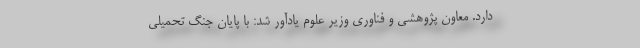
دارد. معاون پژوهشی و فناوری وزیر علوم یادآور شد: با پایان جنگ تحمیلی